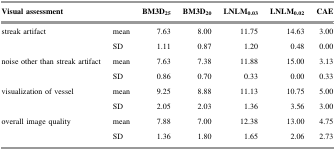
<table><thead><tr><td><b>Visual assessment</b></td><td></td><td><b>BM3D<sub>25</sub></b></td><td><b>BM3D<sub>20</sub></b></td><td><b>LNLM<sub>0.03</sub></b></td><td><b>LNLM<sub>0.02</sub></b></td><td><b>CAE</b></td></tr></thead><tbody><tr><td>streak artifact</td><td>mean</td><td>7.63</td><td>8.00</td><td>11.75</td><td>14.63</td><td>3.00</td></tr><tr><td></td><td>SD</td><td>1.11</td><td>0.87</td><td>1.20</td><td>0.48</td><td>0.00</td></tr><tr><td>noise other than streak artifact</td><td>mean</td><td>7.63</td><td>7.38</td><td>11.88</td><td>15.00</td><td>3.13</td></tr><tr><td></td><td>SD</td><td>0.86</td><td>0.70</td><td>0.33</td><td>0.00</td><td>0.33</td></tr><tr><td>visualization of vessel</td><td>mean</td><td>9.25</td><td>8.88</td><td>11.13</td><td>10.75</td><td>5.00</td></tr><tr><td></td><td>SD</td><td>2.05</td><td>2.03</td><td>1.36</td><td>3.56</td><td>3.00</td></tr><tr><td>overall image quality</td><td>mean</td><td>7.88</td><td>7.00</td><td>12.38</td><td>13.00</td><td>4.75</td></tr><tr><td></td><td>SD</td><td>1.36</td><td>1.80</td><td>1.65</td><td>2.06</td><td>2.73</td></tr></tbody></table>